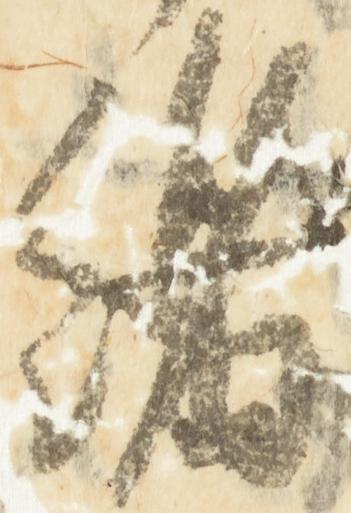
緒